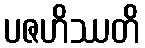
ပဇဟိဿတိ